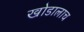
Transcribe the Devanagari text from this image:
खोडालाच